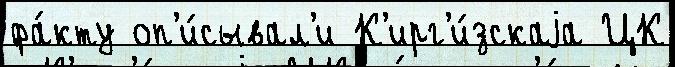
фа́кту оп'и́сывал'и К'ирг'и́зскаjа ЦК